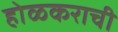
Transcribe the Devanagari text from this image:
होळकराची